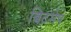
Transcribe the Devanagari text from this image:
बिटमेप